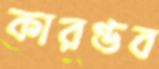
কারণ্ডব